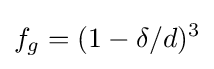
f_{g}=(1-\delta /d)^{3}